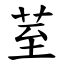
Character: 荎